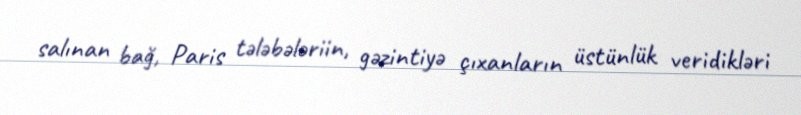
salınan bağ, Paris tələbələriin, gəzintiyə çıxanların üstünlük veridikləri